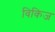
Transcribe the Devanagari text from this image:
विकिज